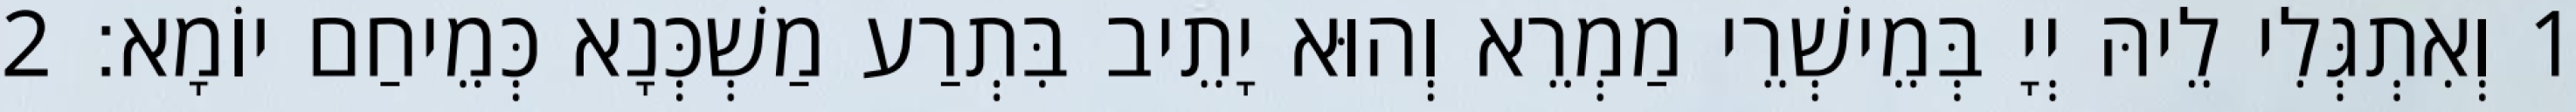
1 וְאִתְגְּלִי לֵיהּ יְיָ בְּמֵישְׁרֵי מַמְרֵא וְהוּא יָתֵיב בִּתְרַע מַשְׁכְּנָא כְּמֵיחַם יוֹמָא׃ 2